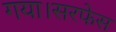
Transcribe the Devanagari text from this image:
गया।सरफेस